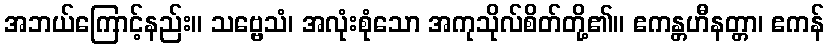
အဘယ်ကြောင့်နည်း။ သဗ္ဗေသံ၊ အလုံးစုံသော အကုသိုလ်စိတ်တို့၏။ ဧကန္တဟီနတ္တာ၊ ဧကန်